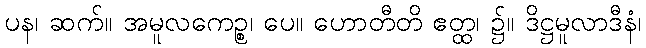
ပန၊ ဆက်။ အမူလကေဉ္စ၊ ပေ။ ဟောတီတိ ဧတ္ထ၊ ၌။ ဒိဋ္ဌမူလာဒီနံ၊